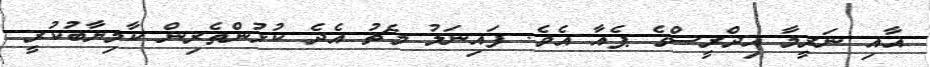
އާއި ނަރީމާ އިދްރީސްގެ ޕެއާ އެވެ. ފައިނަލު މެޗު އެދެ ކުޅުންތެރިން ކާމިޔާބުކުރީ